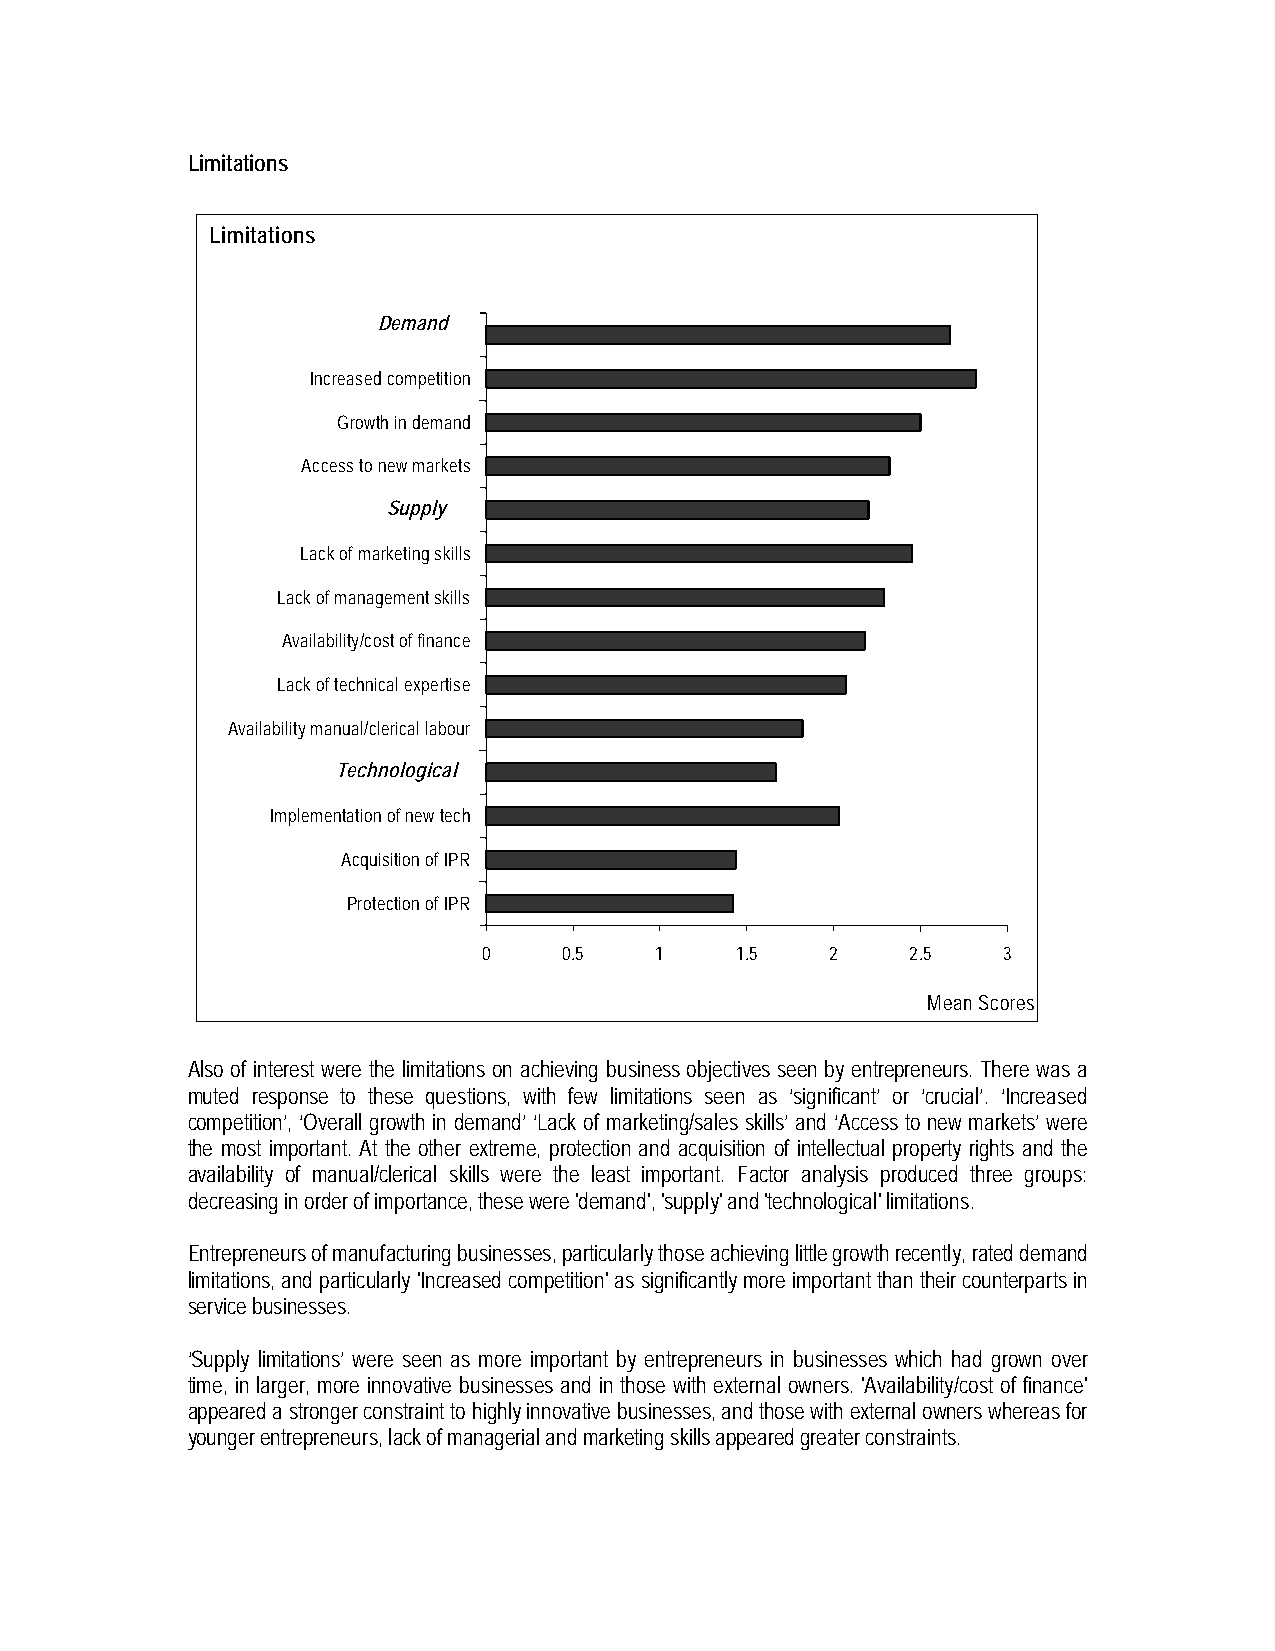
Limitations
 Limitations
 Demand
 Increased competition
 Growth in demand
 Access to new markets
 Supply
 Lack of marketing skills
 Lack of management skills
 Availability/cost of finance
 Lack of technical expertise
 Availability manual/clerical labour
 Technological
 Implementation of new tech
 Acquisition of IPR
 Protection of IPR
 0    0.5   1     1.5   2    2.5   3
 Mean Scores
 Also of interest were the limitations on achieving business objectives seen by entrepreneurs. There was a
 muted response to these questions, with few limitations seen as ‘significant’ or ‘crucial’. ‘Increased
 competition’, ‘Overall growth in demand’ ‘Lack of marketing/sales skills’ and ‘Access to new markets’ were
 the most important. At the other extreme, protection and acquisition of intellectual property rights and the
 availability of manual/clerical skills were the least important. Factor analysis produced three groups:
 decreasing in order of importance, these were 'demand', 'supply' and 'technological' limitations.
 Entrepreneurs of manufacturing businesses, particularly those achieving little growth recently, rated demand
 limitations, and particularly 'Increased competition' as significantly more important than their counterparts in
 service businesses.
 ‘Supply limitations’ were seen as more important by entrepreneurs in businesses which had grown over
 time, in larger, more innovative businesses and in those with external owners. 'Availability/cost of finance'
 appeared a stronger constraint to highly innovative businesses, and those with external owners whereas for
 younger entrepreneurs, lack of managerial and marketing skills appeared greater constraints.